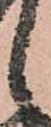
候